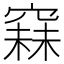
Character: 𥧙